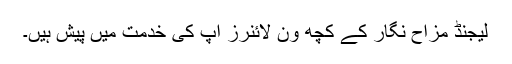
لیجنڈ مزاح نگار کے کچھ ون لائنرز آپ کی خدمت میں پیش ہیں۔